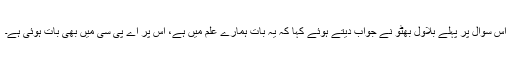
اس سوال پر پہلے بلاول بھٹو نے جواب دیتے ہوئے کہا کہ یہ بات ہمارے علم میں ہے، اس پر اے پی سی میں بھی بات ہوئی ہے۔